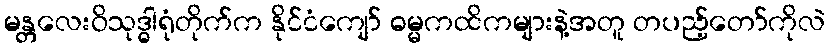
မန္တလေးဝိသုဒ္ဓါရုံတိုက်က နိုင်ငံကျော် ဓမ္မကထိကများနဲ့အတူ တပည့်တော်ကိုလဲ